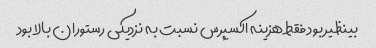
بینظیر بود فقط هزینه اکسپرس نسبت به نزدیکی رستوران بالا بود